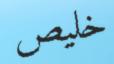
خليص